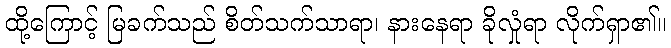
ထို့ကြောင့် မြခက်သည် စိတ်သက်သာရာ၊ နားနေရာ ခိုလှုံရာ လိုက်ရှာ၏။